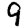
Digit: 9